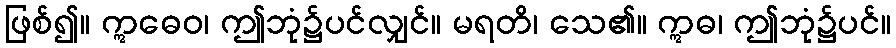
ဖြစ်၍။ ဣဓေဝ၊ ဤဘုံ၌ပင်လျှင်။ မရတိ၊ သေ၏။ ဣဓ၊ ဤဘုံ၌ပင်။